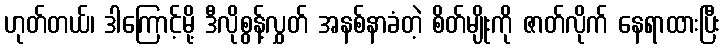
ဟုတ်တယ်၊ ဒါကြောင့်မို့ ဒီလိုစွန့်လွှတ် အနစ်နာခံတဲ့ စိတ်မျိုးကို ဇာတ်လိုက် နေရာထားပြီး